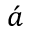
\acute { a }